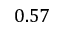
0 . 5 7